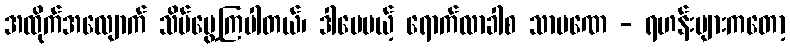
အထိုက်အလျောက် သိမ်မွေ့ကြပါတယ်၊ ဒါပေမယ့် ရောက်လာခါစ သာမဏေ - ရဟန်းများကတော့